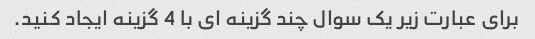
برای عبارت زیر یک سوال چند گزینه ای با 4 گزینه ایجاد کنید.